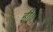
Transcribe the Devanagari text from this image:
ही।।